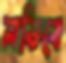
লভিবে